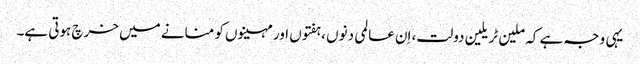
یہی وجہ ہے کہ ملین ٹریلین دولت، اِن عالمی دنوں ،ہفتوں اور مہینوں کو منانے میں خرچ ہوتی ہے۔